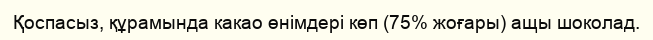
Қоспасыз, құрамында какао өнімдері көп (75% жоғары) ащы шоколад.